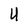
Character: U